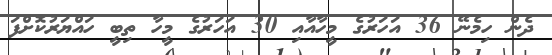
ދެން ހިމެނޭ 36 އަހަރުގެ މީހާއާއި 30 އަހަރުގެ މީހާ ތިބީ ހައްޔަރުކޮށްފަ